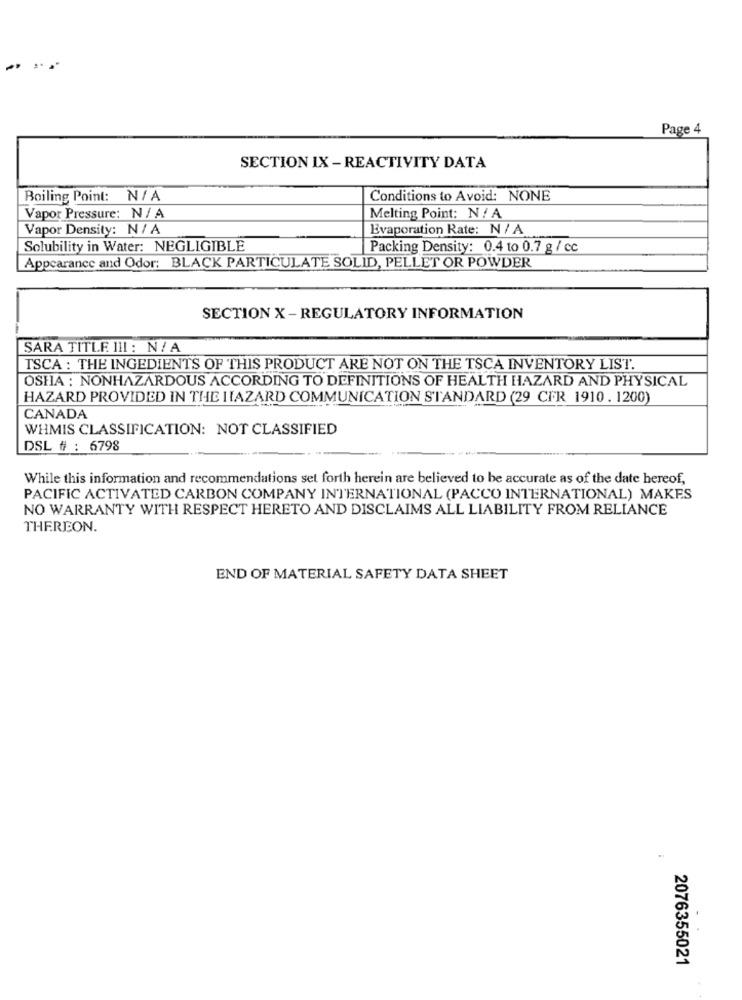
Page 4
SECTION IX -REACTIVITY DATA
Boiling Point: N/ A
Conditions to Avoid: NONE
Vapor Pressure: N/ A
Melting Point: N/ A
Vapor Density: N/ A
Evaporation Rate: N/ A
Solubility in Water: NEGLIGIBLE
Packing Density: 0.4 to 0.7 g / cc
Appearance and Odor: BLACK PARTICULATE SOLID, PELLET OR POWDER
SECTION X -REGULATORY INFORMATION
SARA TITLE III : N / A
TSCA : THE INGEDIENTS OF THIS PRODUCT ARE NOT ON THE TSCA INVENTORY LIST.
OSHA : NONHAZARDOUS ACCORDING TO DEFINITIONS OF HEALTH HAZARD AND PHYSICAL
HAZARD PROVIDED IN THE HAZARD COMMUNICATION STANDARD (29 CFR 1910. 1200)
CANADA
WHMIS CLASSIFICATION: NOT CLASSIFIED
DSL # : 6798
While this information and recommendations set forth herein are believed to be accurate as of the date hereof,
PACIFIC ACTIVATED CARBON COMPANY INTERNATIONAL (PACCO INTERNATIONAL) MAKES
NO WARRANTY WITH RESPECT HERETO AND DISCLAIMS ALL LIABILITY FROM RELIANCE
THEREON.
END OF MATERIAL SAFETY DATA SHEET
2076355021